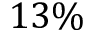
1 3 \%